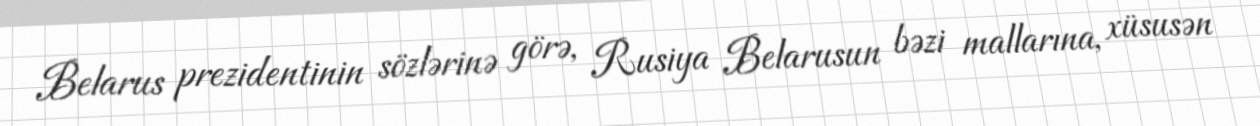
Belarus prezidentinin sözlərinə görə, Rusiya Belarusun bəzi mallarına, xüsusən